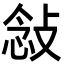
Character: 𫾿